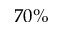
7 0 \%